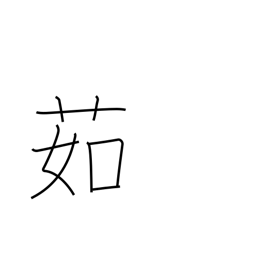
Meaning: boil